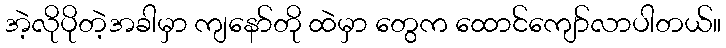
အဲ့လိုပိုတဲ့အခါမှာ ကျနော်တို ထဲမှာ တွေက ထောင်ကျော်လာပါတယ်။